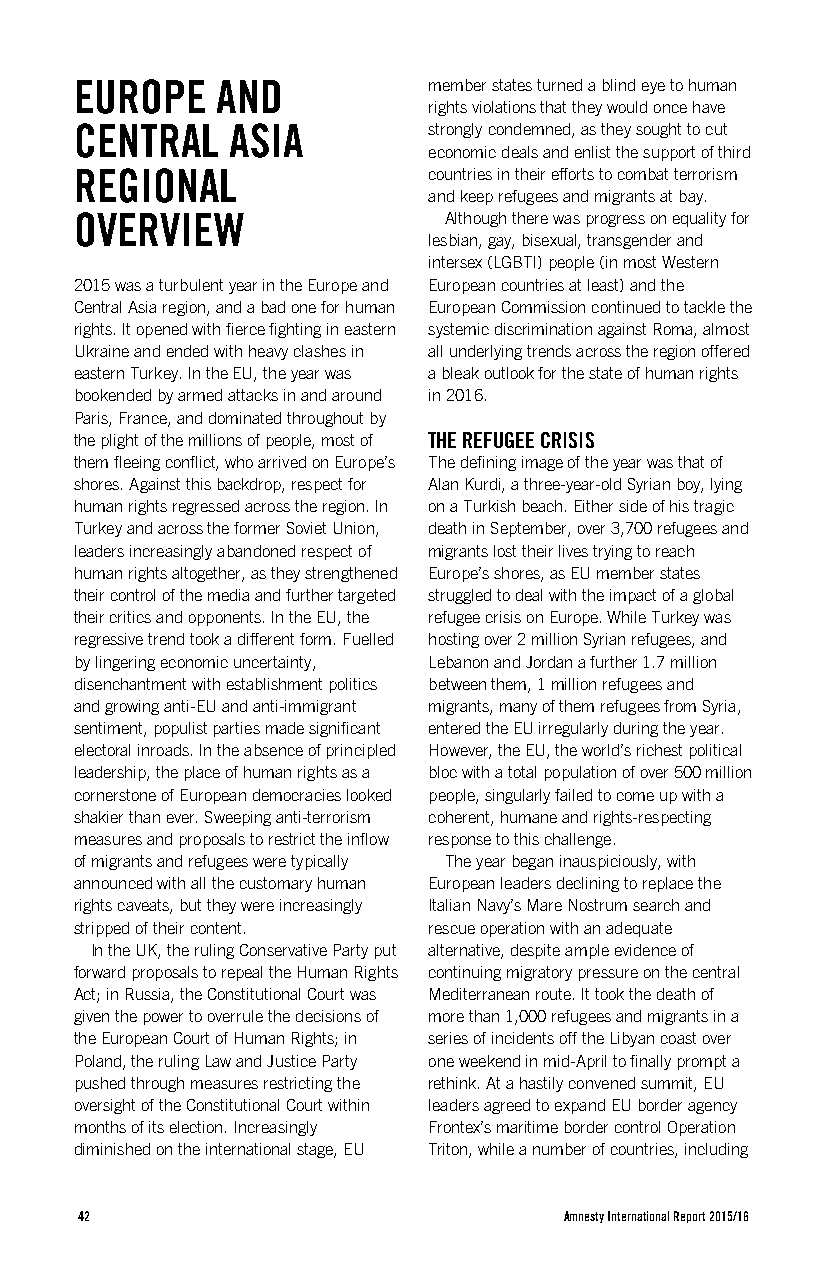
EUROPE   AND           member states turned a blind eye to human
 rights violations that they would once have
 CENTRAL   ASIA         strongly condemned, as they sought to cut
 economic deals and enlist the support of third
 REGIONAL               countries in their efforts to combat terrorism
 and keep refugees and migrants at bay.
 OVERVIEW                Although there was progress on equality for
 lesbian, gay, bisexual, transgender and
 intersex (LGBTI) people (in most Western
 2015 was a turbulent year in the Europe and European countries at least) and the
 Central Asia region, and a bad one for human European Commission continued to tackle the
 rights. It opened with fierce fighting in eastern systemic discrimination against Roma, almost
 Ukraine and ended with heavy clashes in all underlying trends across the region offered
 eastern Turkey. In the EU, the year was a bleak outlook for the state of human rights
 bookended by armed attacks in and around in 2016.
 Paris, France, and dominated throughout by
 the plight of the millions of people, most of THE REFUGEE CRISIS
 them fleeing conflict, who arrived on Europe’s The defining image of the year was that of
 shores. Against this backdrop, respect for Alan Kurdi, a three-year-old Syrian boy, lying
 human rights regressed across the region. In on a Turkish beach. Either side of his tragic
 Turkey and across the former Soviet Union, death in September, over 3,700 refugees and
 leaders increasingly abandoned respect of migrants lost their lives trying to reach
 human rights altogether, as they strengthened Europe’s shores, as EU member states
 their control of the media and further targeted struggled to deal with the impact of a global
 their critics and opponents. In the EU, the refugee crisis on Europe. While Turkey was
 regressive trend took a different form. Fuelled hosting over 2 million Syrian refugees, and
 by lingering economic uncertainty, Lebanon and Jordan a further 1.7 million
 disenchantment with establishment politics between them, 1 million refugees and
 and growing anti-EU and anti-immigrant migrants, many of them refugees from Syria,
 sentiment, populist parties made significant entered the EU irregularly during the year.
 electoral inroads. In the absence of principled However, the EU, the world’s richest political
 leadership, the place of human rights as a bloc with a total population of over 500 million
 cornerstone of European democracies looked people, singularly failed to come up with a
 shakier than ever. Sweeping anti-terrorism coherent, humane and rights-respecting
 measures and proposals to restrict the inflow response to this challenge.
 of migrants and refugees were typically The year began inauspiciously, with
 announced with all the customary human European leaders declining to replace the
 rights caveats, but they were increasingly Italian Navy’s Mare Nostrum search and
 stripped of their content. rescue operation with an adequate
 In the UK, the ruling Conservative Party put alternative, despite ample evidence of
 forward proposals to repeal the Human Rights continuing migratory pressure on the central
 Act; in Russia, the Constitutional Court was Mediterranean route. It took the death of
 given the power to overrule the decisions of more than 1,000 refugees and migrants in a
 the European Court of Human Rights; in series of incidents off the Libyan coast over
 Poland, the ruling Law and Justice Party one weekend in mid-April to finally prompt a
 pushed through measures restricting the rethink. At a hastily convened summit, EU
 oversight of the Constitutional Court within leaders agreed to expand EU border agency
 months of its election. Increasingly Frontex’s maritime border control Operation
 diminished on the international stage, EU Triton, while a number of countries, including
 42                              Amnesty International Report 2015/16